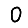
Digit: 0